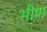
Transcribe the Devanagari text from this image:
भीण